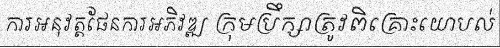
ការអនុវត្តផែនការអភិវឌ្ឍ ក្រុមប្រឹក្សាត្រូវពិគ្រោះយោបល់